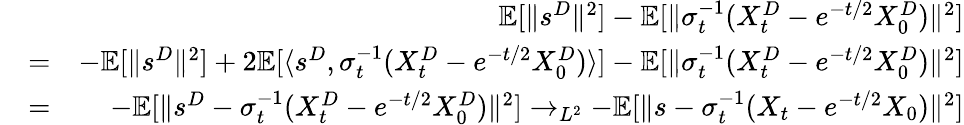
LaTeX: \begin{array}{rlr}&{}&{\mathbb{E}[\| s^{D}\| ^{2}]-\mathbb{E}[\| \sigma_{t}^{-1}(X_{t}^{D}-e^{-t/2}X_{0}^{D})\| ^{2}]}\\ &{=}&{-\mathbb{E}[\| s^{D}\| ^{2}]+2\mathbb{E}[\langle s^{D},\sigma_{t}^{-1}(X_{t}^{D}-e^{-t/2}X_{0}^{D})\rangle]-\mathbb{E}[\| \sigma_{t}^{-1}(X_{t}^{D}-e^{-t/2}X_{0}^{D})\| ^{2}]}\\ &{=}&{-\mathbb{E}[\| s^{D}-\sigma_{t}^{-1}(X_{t}^{D}-e^{-t/2}X_{0}^{D})\| ^{2}]\rightarrow_{L^{2}}-\mathbb{E}[\| s-\sigma_{t}^{-1}(X_{t}-e^{-t/2}X_{0})\| ^{2}]}\end{array}